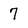
Character: 7